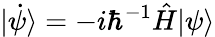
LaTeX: |\dot{\psi}\rangle=-i\hbar^{-1}\hat{H}|\psi\rangle